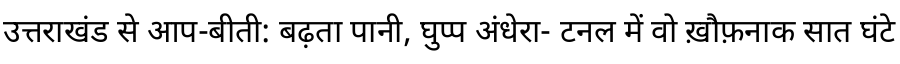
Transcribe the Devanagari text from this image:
उत्तराखंड से आप-बीती: बढ़ता पानी, घुप्प अंधेरा- टनल में वो ख़ौफ़नाक सात घंटे